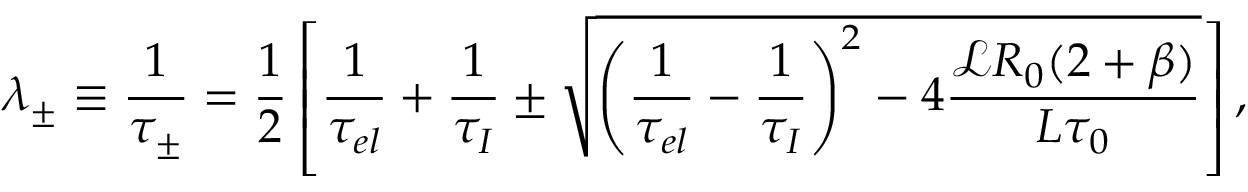
\lambda _ { \pm } \equiv \frac { 1 } { \tau _ { \pm } } = \frac { 1 } { 2 } \left[ \frac { 1 } { \tau _ { e l } } + \frac { 1 } { \tau _ { I } } \pm \sqrt { \left( \frac { 1 } { \tau _ { e l } } - \frac { 1 } { \tau _ { I } } \right) ^ { 2 } - 4 \frac { \mathscr { L } R _ { 0 } ( 2 + \beta ) } { L \tau _ { 0 } } } \right] ,